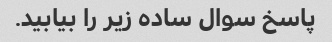
پاسخ سوال ساده زیر را بیابید.